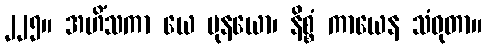
၂၂၅။ အဟိံသကာ ယေ မုနယော၊ နိစ္စံ ကာယေန သံဝုတာ။